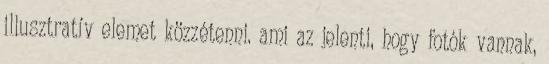
illusztratív elemet közzétenni. ami az jelenti, hogy fotók vannak,